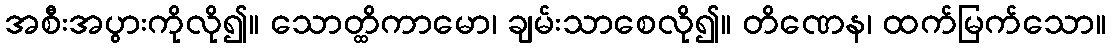
အစီးအပွားကိုလို၍။ သောတ္ထိကာမော၊ ချမ်းသာစေလို၍။ တိဏေန၊ ထက်မြက်သော။